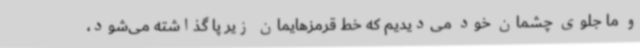
و ما جلوی چشمان خود می‌دیدیم که خط قرمزهایمان زیر پا گذاشته می‌شود،